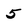
Character: 5